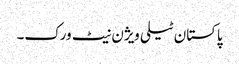
پاکستان ٹیلی ویژن نیٹ ورک۔